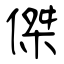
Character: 傑